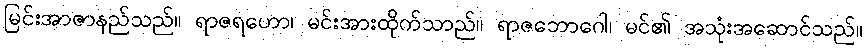
မြင်းအာဇာနည်သည်။ ရာဇရဟော၊ မင်းအားထိုက်သာည်။ ရာဇဘောဂေါ၊ မင်၏ အသုံးအဆောင်သည်။